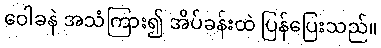
ဝေါခနဲ အသံကြား၍ အိပ်ခန်းထဲ ပြန်ပြေးသည်။